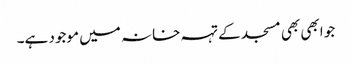
جو ابھی بھی مسجد کے تہہ خانہ میں موجود ہے۔